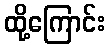
ထို့ကြောင်း